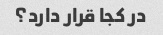
در کجا قرار دارد؟